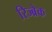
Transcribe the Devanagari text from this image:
रिज्ब्रेक